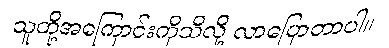
သူတို့အကြောင်းကိုသိလို့ လာပြောတာပါ။